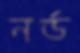
নর্ড